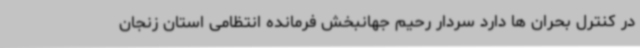
در کنترل بحران ها دارد سردار رحیم جهانبخش فرمانده انتظامی استان زنجان